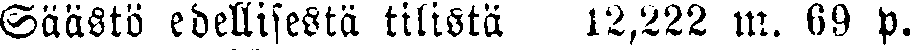
Säästö edellisestä tilista 12,222 m. 69 p.